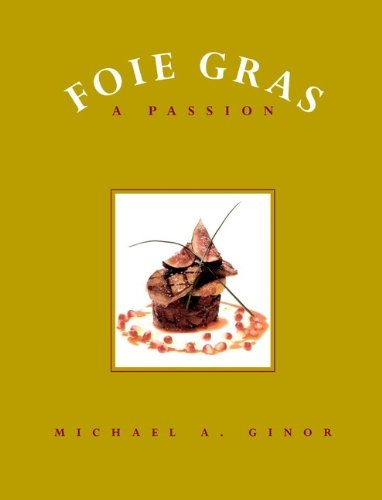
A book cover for Foie Gras: A Passion; Mitchell Davis; Cookbooks, Food & Wine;